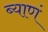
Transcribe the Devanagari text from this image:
ब्याणं